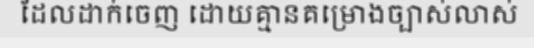
ដែលដាក់ចេញ ដោយគ្មានគម្រោងច្បាស់លាស់